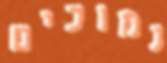
נמוכים